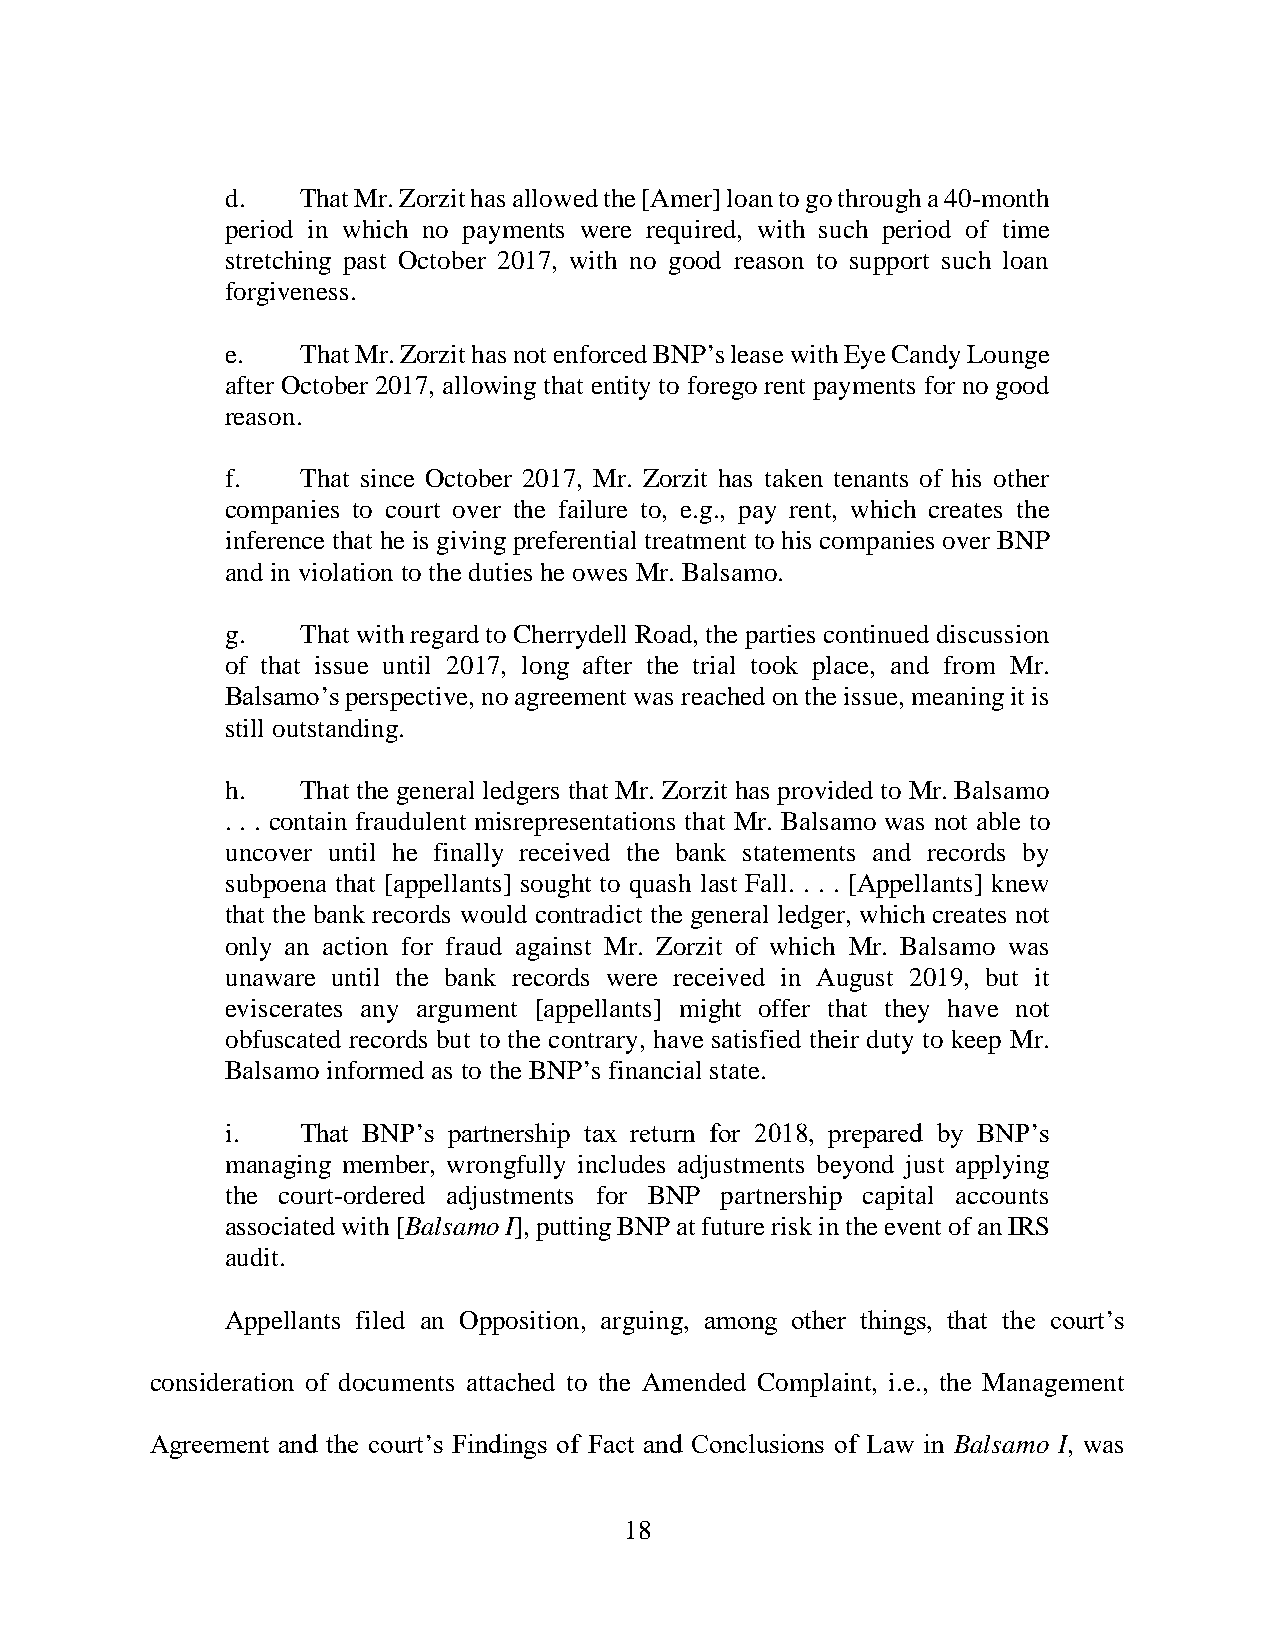
d.   That Mr. Zorzit has allowed the [Amer] loan to go through a 40-month
 period in which no payments were required, with such period of time
 stretching past October 2017, with no good reason to support such loan
 forgiveness.
 e.   That Mr. Zorzit has not enforced BNP’s lease with Eye Candy Lounge
 after October 2017, allowing that entity to forego rent payments for no good
 reason.
 f.   That since October 2017, Mr. Zorzit has taken tenants of his other
 companies to court over the failure to, e.g., pay rent, which creates the
 inference that he is giving preferential treatment to his companies over BNP
 and in violation to the duties he owes Mr. Balsamo.
 g.   That with regard to Cherrydell Road, the parties continued discussion
 of that issue until 2017, long after the trial took place, and from Mr.
 Balsamo’s perspective, no agreement was reached on the issue, meaning it is
 still outstanding.
 h.   That the general ledgers that Mr. Zorzit has provided to Mr. Balsamo
 . . . contain fraudulent misrepresentations that Mr. Balsamo was not able to
 uncover until he finally received the bank statements and records by
 subpoena that [appellants] sought to quash last Fall. . . . [Appellants] knew
 that the bank records would contradict the general ledger, which creates not
 only an action for fraud against Mr. Zorzit of which Mr. Balsamo was
 unaware until the bank records were received in August 2019, but it
 eviscerates any argument [appellants] might offer that they have not
 obfuscated records but to the contrary, have satisfied their duty to keep Mr.
 Balsamo informed as to the BNP’s financial state.
 i.   That BNP’s partnership tax return for 2018, prepared by BNP’s
 managing member, wrongfully includes adjustments beyond just applying
 the court-ordered adjustments for BNP partnership capital accounts
 associated with [Balsamo I], putting BNP at future risk in the event of an IRS
 audit.
 Appellants filed an Opposition, arguing, among other things, that the court’s
 consideration of documents attached to the Amended Complaint, i.e., the Management
 Agreement and the court’s Findings of Fact and Conclusions of Law in Balsamo I, was
 18